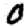
Digit: 0